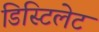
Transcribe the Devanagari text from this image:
डिस्टिलेट